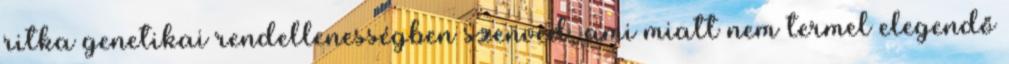
ritka genetikai rendellenességben szenved, ami miatt nem termel elegendő